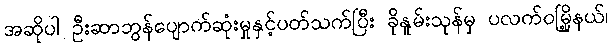
အဆိုပါ ဦးဆာဘွန်ပျောက်ဆုံးမှုနှင့်ပတ်သက်ပြီး ခိုနူမ်းသုန်မှ ပလက်ဝမြို့နယ်၊